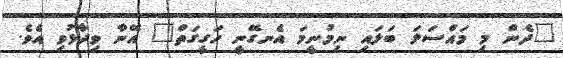
"ދެން މި މައްސަލަ ބަލައި ނިމުނީމަ އެނގޭނީ ހަގީގަތް" އޭނާ ވިދާޅުވި އެވެ.